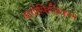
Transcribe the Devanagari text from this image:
बायोफिज़िकल